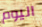
اليوم